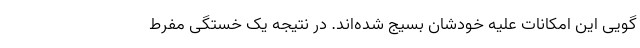
گویی این امکانات علیه خودشان بسیج شده‌اند. در نتیجه یک خستگی مفرط